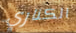
الكناري